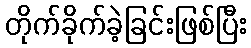
တိုက်ခိုက်ခဲ့ခြင်းဖြစ်ပြီး